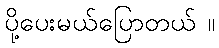
ပို့ပေးမယ်ပြောတယ် ။